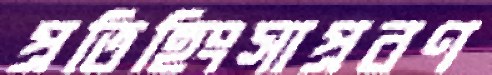
প্রতিহিংসাপ্রবণ